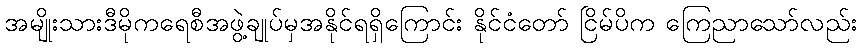
အမျိုးသားဒီမိုကရေစီအဖွဲ့ချုပ်မှအနိုင်ရရှိကြောင်း နိုင်ငံတော် ငြိမ်ပိက ကြေညာသော်လည်း